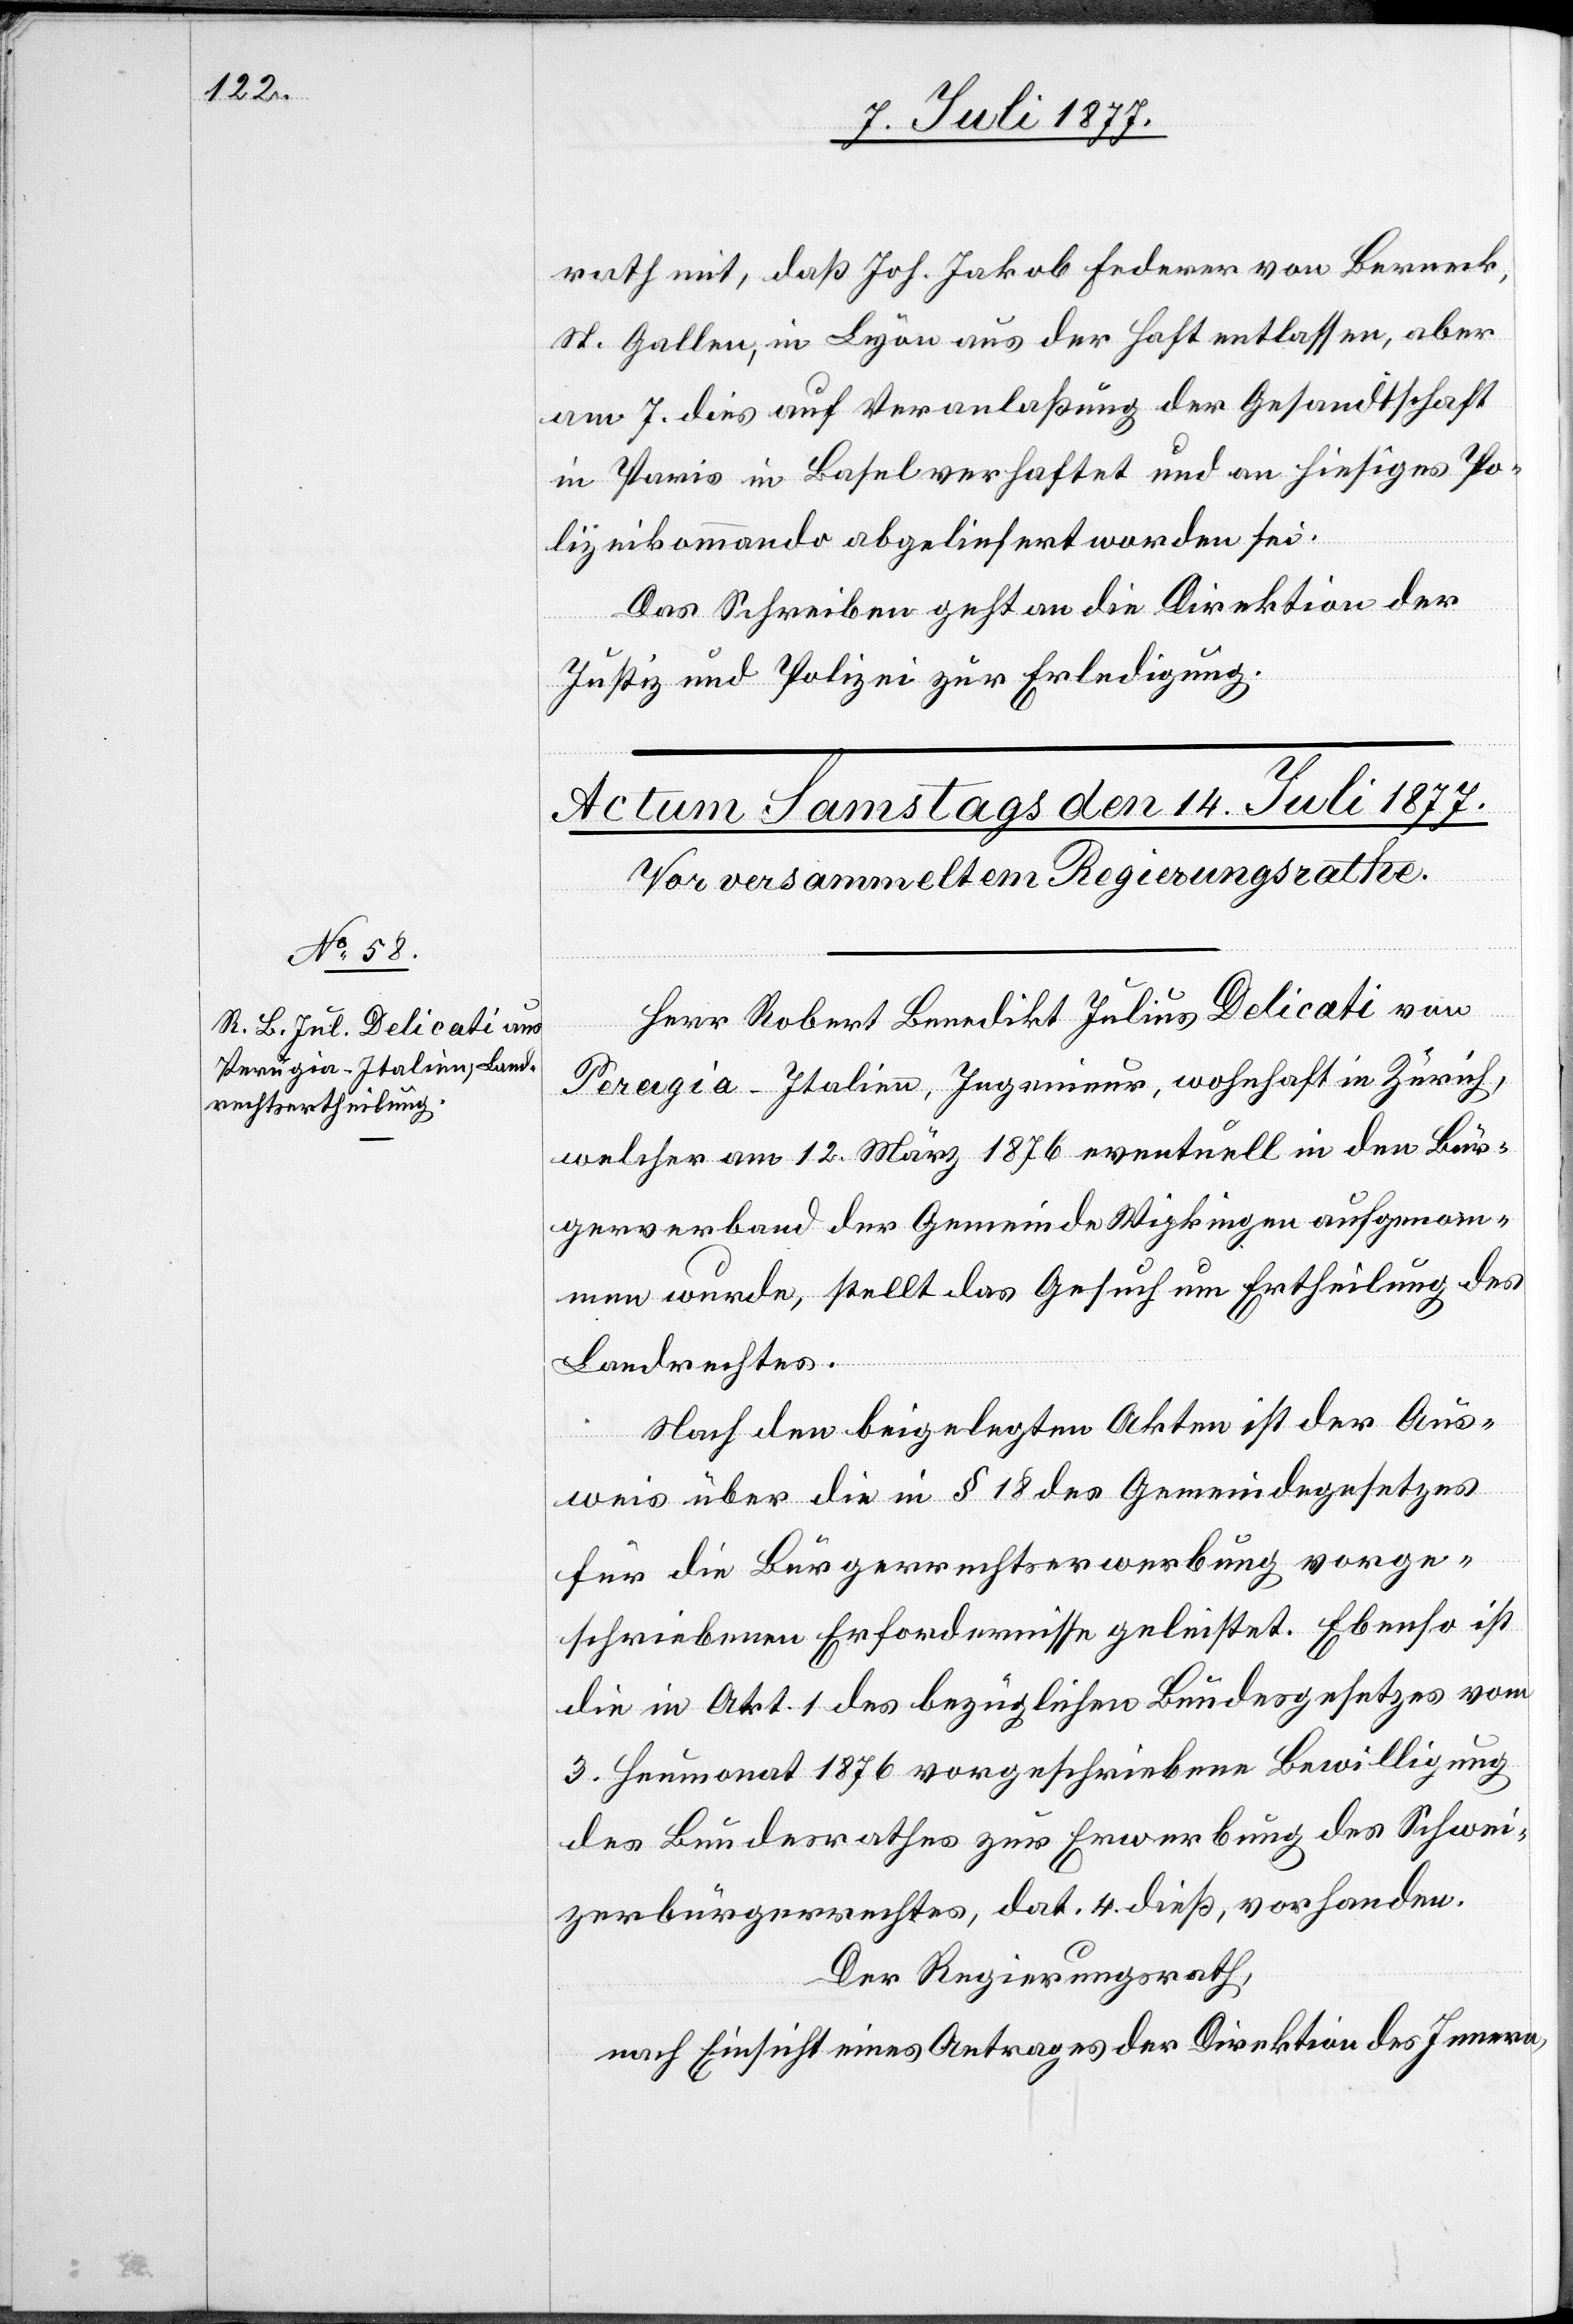
rath mit, daß Joh. Jakob Federer von Berneck,
St. Gallen, in Lyon aus der Haft entlassen, aber
am 7. dies auf Veranlaßung der Gesandtschaft
in Paris in Basel verhaftet und an hiesiges Po¬
lizeikommando abgeliefert worden sei.
Das Schreiben geht an die Direktion der
Justiz und Polizei zur Erledigung.
Herr Robert Benedikt Julius Delicati von
Perugia - Italien, Ingenieur, wohnhaft in Zürich,
welcher am 12. März 1876 eventuell in den Bür¬
gerverband der Gemeinde Wipkingen aufgenom¬
men wurde, stellt das Gesuch um Ertheilung des
Landrechtes.
Nach den beigelegten Akten ist der Aus¬
weis über die in § 18 des Gemeindegesetzes
für die Bürgerrechtserwerbung vorge¬
schriebenen Erfordernisse geleistet. Ebenso ist
die in Art. 1 des bezüglichen Bundesgesetzes vom
3. Heumonat 1876 vorgeschriebene Bewilligung
des Bundesrathes zur Erwerbung des Schwei¬
zerbürgerrechtes, dat. 4. dieß, vorhanden.
Der Regierungsrath,
nach Einsicht eines Antrages der Direktion des Innern,